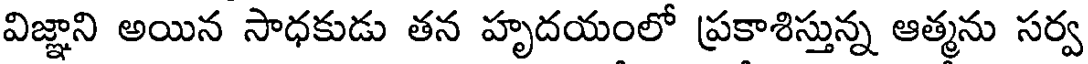
విజ్ఞాని అయిన సాధకుడు తన హృదయంలో ప్రకాశిస్తున్న ఆత్మను సర్వ